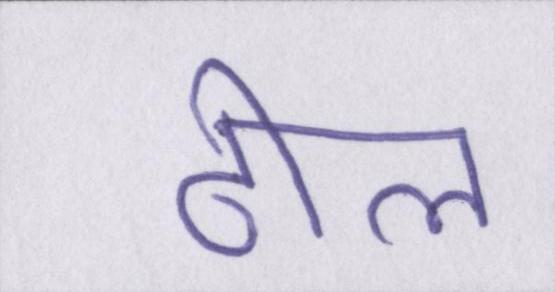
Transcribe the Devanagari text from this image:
ढील